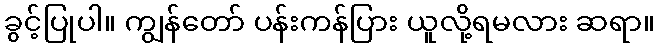
ခွင့်ပြုပါ။ ကျွန်တော် ပန်းကန်ပြား ယူလို့ရမလား ဆရာ။